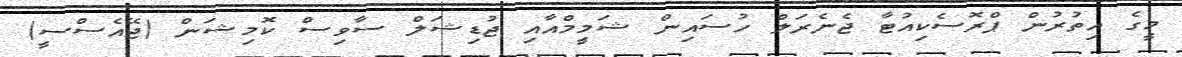
މީގެ އިތުރުން ޕްރޮސެކިއުޓާ ޖެނެރަލް ހުސައިން ޝަމީމްއާއި ޖުޑިޝަލް ސާވިސް ކޮމިޝަން (ޖޭއެސްސީ)